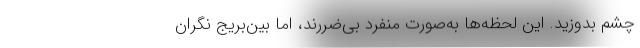
چشم بدوزید. این لحظه‌ها به‌صورت منفرد بی‌ضررند، اما بین‌بریج نگران